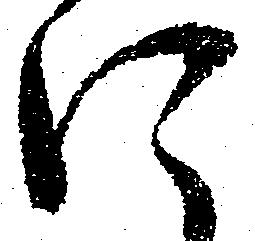
に